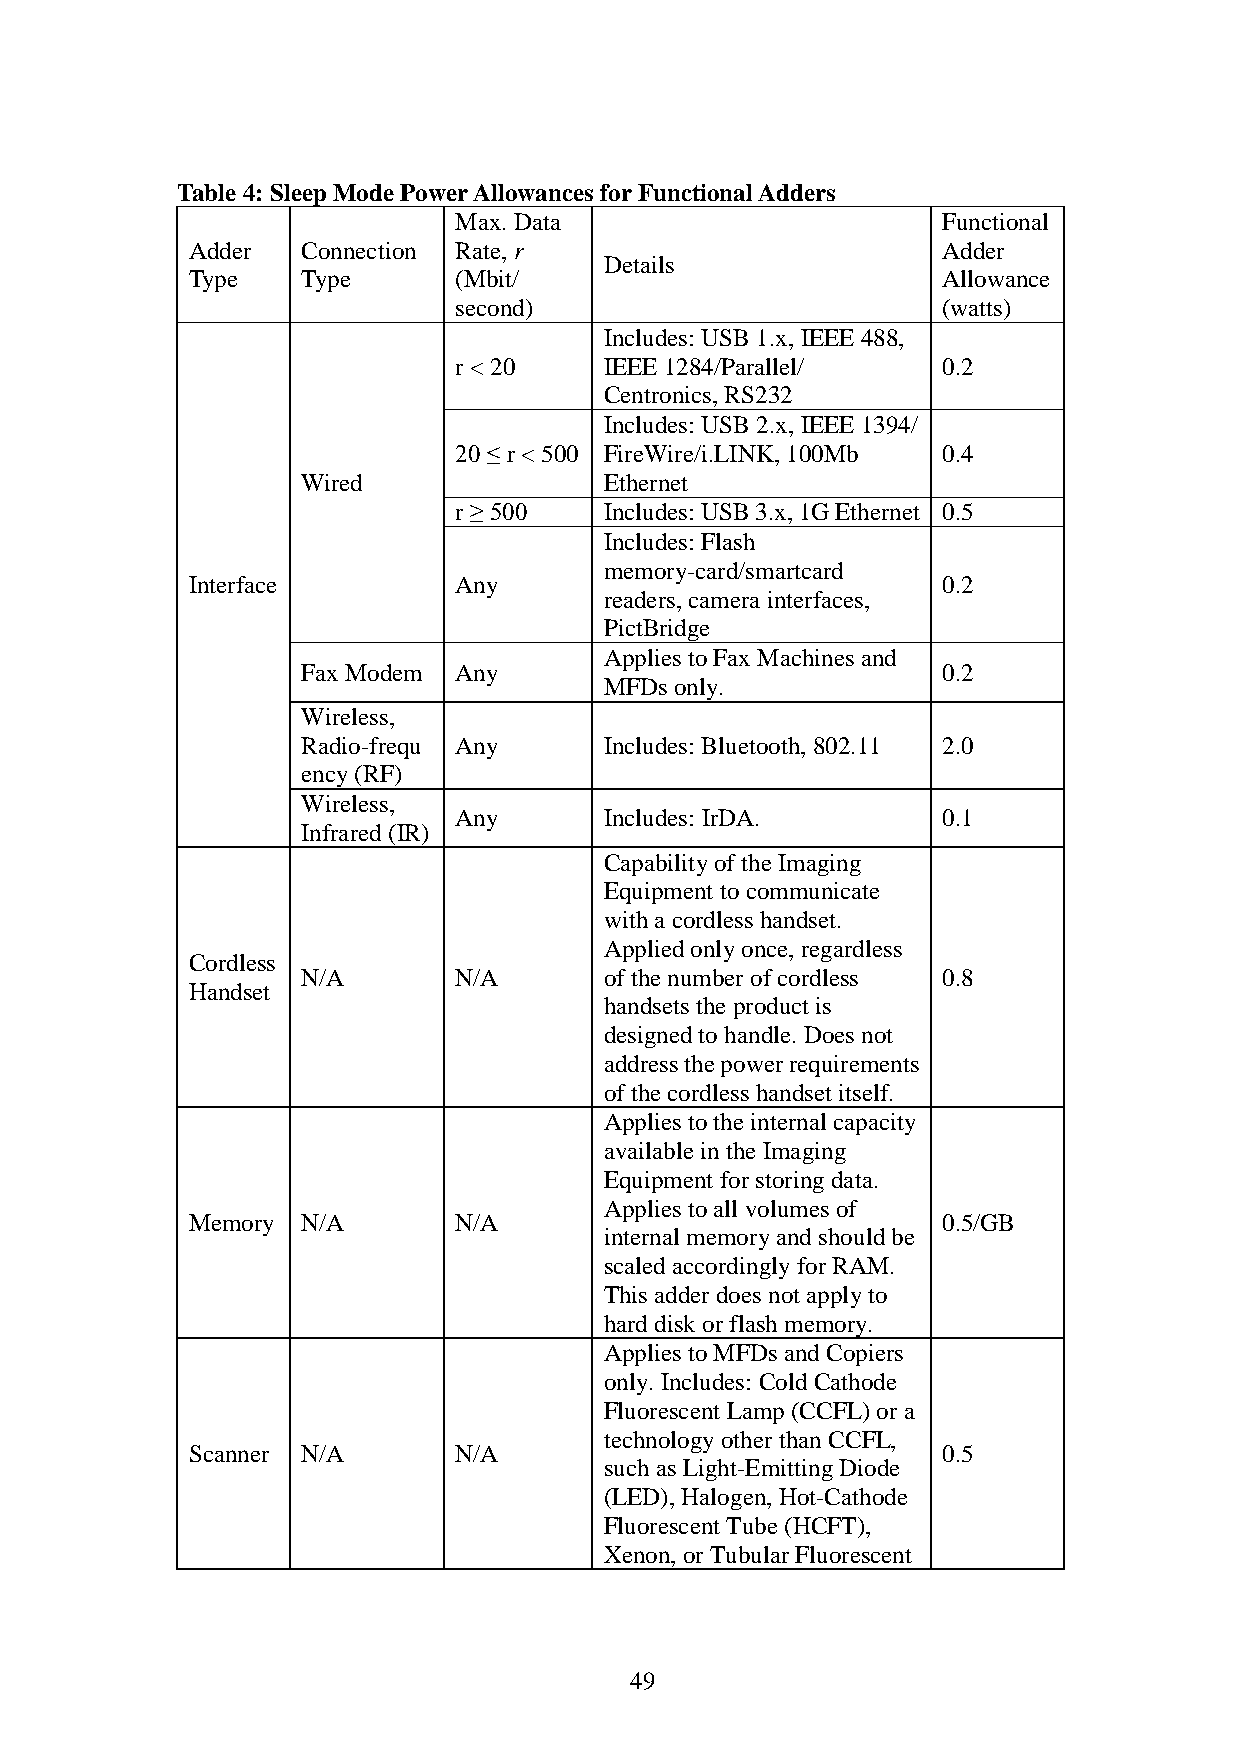
Table 4: Sleep Mode Power Allowances for Functional Adders
 Max. Data                       Functional
 Adder   Connection Rate, r                        Adder
 Details
 Type    Type      (Mbit/                          Allowance
 second)                         (watts)
 Includes: USB 1.x, IEEE 488,
 r < 20    IEEE 1284/Parallel/   0.2
 Centronics, RS232
 Includes: USB 2.x, IEEE 1394/
 20 ≤ r < 500 FireWire/i.LINK, 100Mb 0.4
 Wired               Ethernet
 r ≥ 500   Includes: USB 3.x, 1G Ethernet 0.5
 Includes: Flash
 memory-card/smartcard
 Interface         Any                             0.2
 readers, camera interfaces,
 PictBridge
 Applies to Fax Machines and
 Fax Modem Any                             0.2
 MFDs only.
 Wireless,
 Radio-frequ Any     Includes: Bluetooth, 802.11 2.0
 ency (RF)
 Wireless,
 Any       Includes: IrDA.       0.1
 Infrared (IR)
 Capability of the Imaging
 Equipment to communicate
 with a cordless handset.
 Applied only once, regardless
 Cordless
 N/A       N/A       of the number of cordless 0.8
 Handset
 handsets the product is
 designed to handle. Does not
 address the power requirements
 of the cordless handset itself.
 Applies to the internal capacity
 available in the Imaging
 Equipment for storing data.
 Applies to all volumes of
 Memory  N/A       N/A                             0.5/GB
 internal memory and should be
 scaled accordingly for RAM.
 This adder does not apply to
 hard disk or flash memory.
 Applies to MFDs and Copiers
 only. Includes: Cold Cathode
 Fluorescent Lamp (CCFL) or a
 technology other than CCFL,
 Scanner N/A       N/A                             0.5
 such as Light-Emitting Diode
 (LED), Halogen, Hot-Cathode
 Fluorescent Tube (HCFT),
 Xenon, or Tubular Fluorescent
 49